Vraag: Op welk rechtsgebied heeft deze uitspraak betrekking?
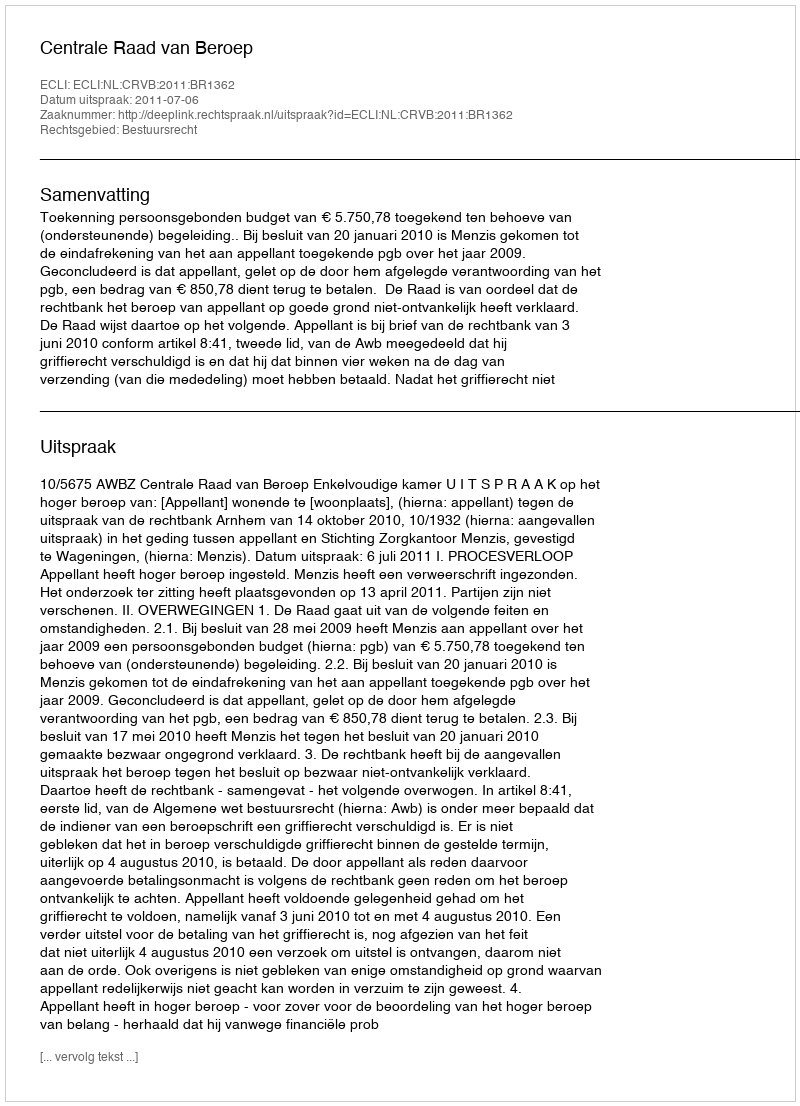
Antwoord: Bestuursrecht